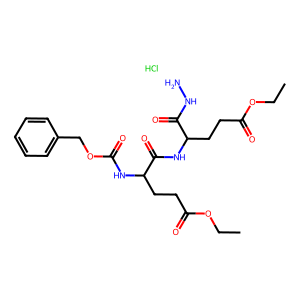
SMILES: CCOC(=O)CCC(NC(=O)OCc1ccccc1)C(=O)NC(CCC(=O)OCC)C(=O)NN.Cl
Inhibits HIV replication: No